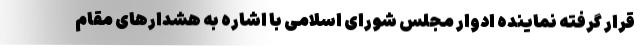
قرار گرفته نماینده ادوار مجلس شورای اسلامی با اشاره به هشدارهای مقام